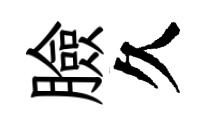
臉久